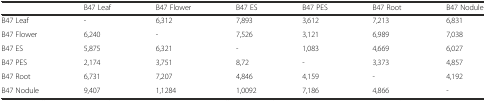
<table><thead><tr><td></td><td><b>B47 Leaf</b></td><td><b>B47 Flower</b></td><td><b>B47 ES</b></td><td><b>B47 PES</b></td><td><b>B47 Root</b></td><td><b>B47 Nodule</b></td></tr></thead><tbody><tr><td>B47 Leaf</td><td>-</td><td>6,312</td><td>7,893</td><td>3,612</td><td>7,213</td><td>6,831</td></tr><tr><td>B47 Flower</td><td>6,240</td><td>-</td><td>7,526</td><td>3,121</td><td>6,989</td><td>7,038</td></tr><tr><td>B47 ES</td><td>5,875</td><td>6,321</td><td>-</td><td>1,083</td><td>4,669</td><td>6,027</td></tr><tr><td>B47 PES</td><td>2,174</td><td>3,751</td><td>8,72</td><td>-</td><td>3,373</td><td>4,857</td></tr><tr><td>B47 Root</td><td>6,731</td><td>7,207</td><td>4,846</td><td>4,159</td><td>-</td><td>4,192</td></tr><tr><td>B47 Nodule</td><td>9,407</td><td>1,1284</td><td>1,0092</td><td>7,186</td><td>4,866</td><td>-</td></tr></tbody></table>